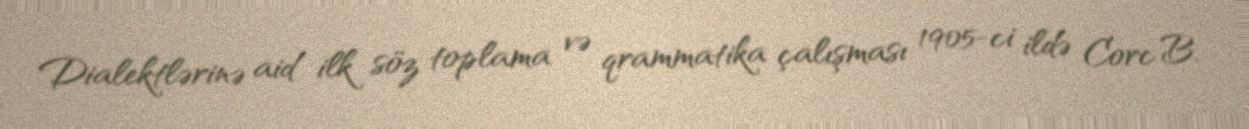
Dialektlərinə aid ilk söz toplama və qrammatika çalışması 1905-ci ildə Corc B.